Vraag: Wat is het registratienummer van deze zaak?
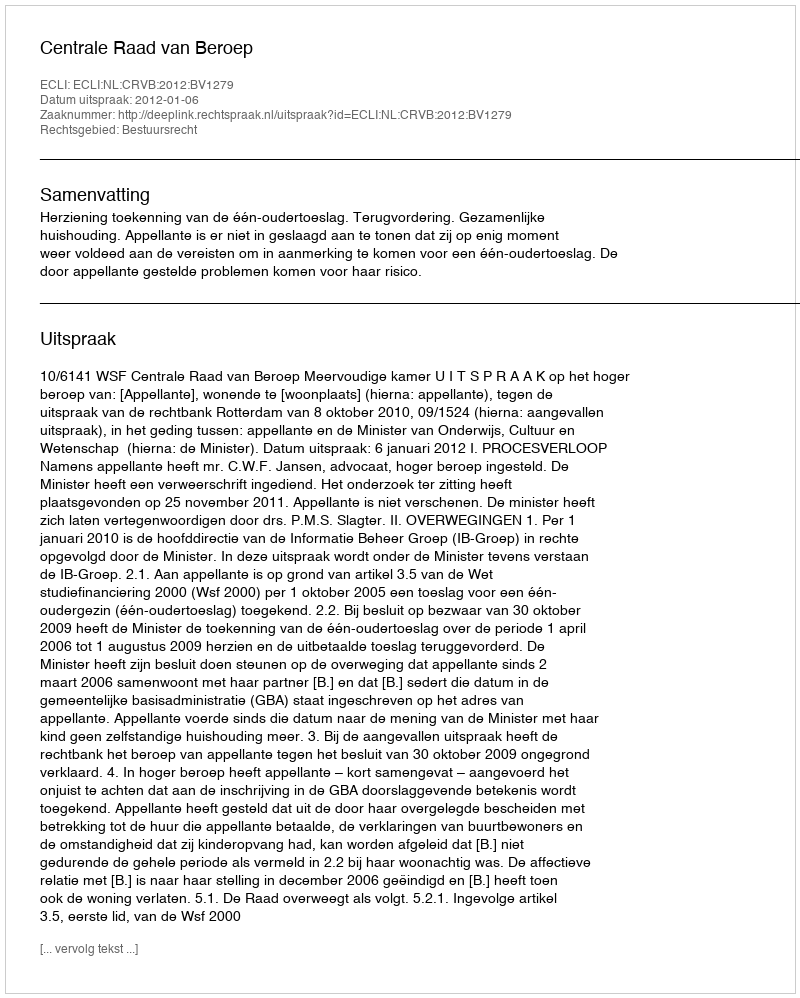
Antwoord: http://deeplink.rechtspraak.nl/uitspraak?id=ECLI:NL:CRVB:2012:BV1279